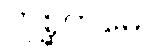
တုစ္ဆကမေဝ